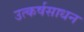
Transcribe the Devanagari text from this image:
उत्कर्षसाधन